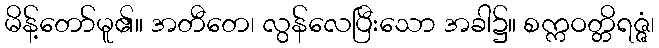
မိန့်တော်မူ၏။ အတီတေ၊ လွန်လေပြီးသော အခါ၌။ စက္ကဝတ္တိရဇ္ဇံ၊